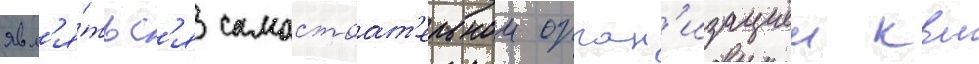
явл'я́тьс'я самостоат'ельнои орган'изациеи квм